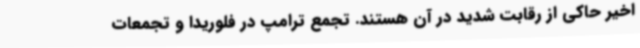
اخیر حاکی از رقابت شدید در آن هستند. تجمع ترامپ در فلوریدا و تجمعات